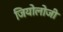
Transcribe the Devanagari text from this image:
जियोलोजी